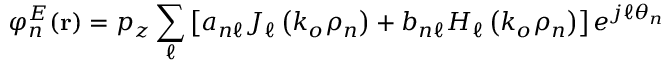
\varphi _ { n } ^ { E } ( \mathbf { r } ) = p _ { z } \sum _ { \ell } \left[ a _ { n \ell } J _ { \ell } \left( k _ { o } \rho _ { n } \right) + b _ { n \ell } H _ { \ell } \left( k _ { o } \rho _ { n } \right) \right] e ^ { j \ell \theta _ { n } }